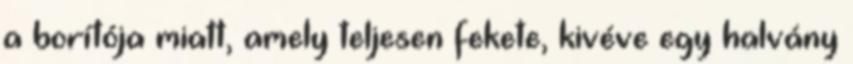
a borítója miatt, amely teljesen fekete, kivéve egy halvány